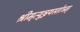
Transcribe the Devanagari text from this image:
श्रीमृत्युञ्जयस्तोत्रम्